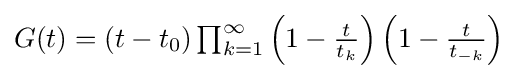
\textstyle G(t)=(t-t_{0})\prod _{k=1}^{\infty }\left(1-{\frac {t}{t_{k}}}\right)\left(1-{\frac {t}{t_{-k}}}\right)